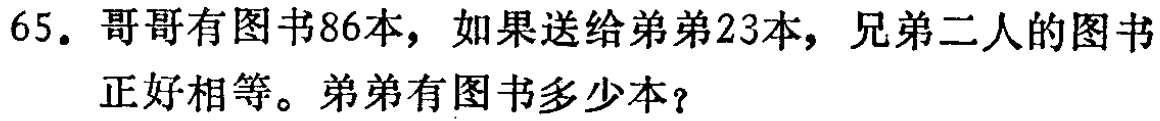
65. 哥哥有图书86本，如果送给弟弟23本，兄弟二人的图书正好相等。弟弟有图书多少本？